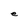
Character: e